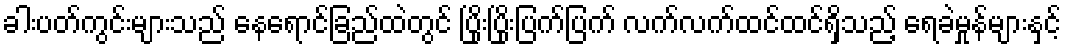
ခါးပတ်ကွင်းများသည် နေရောင်ခြည်ထဲတွင် ပြိုးပြိုးပြက်ပြက် လက်လက်ထင်ထင်ရှိသည့် ရေခဲမှုန်များနှင့်